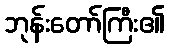
ဘုန်းတော်ကြီး၏